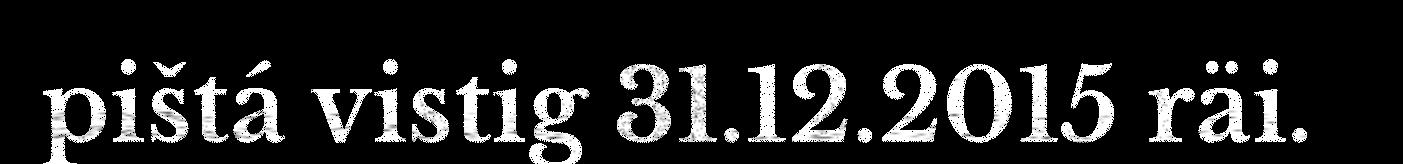
pištá vistig 31.12.2015 räi.